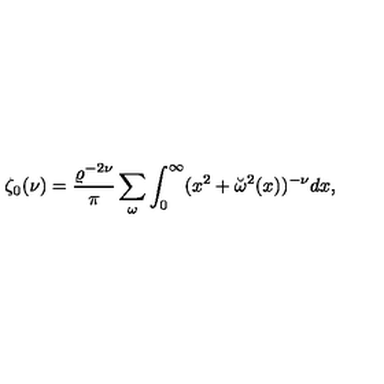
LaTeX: \zeta _ { 0 } ( \nu ) = { \frac { \varrho ^ { - 2 \nu } } { \pi } } \sum _ { \omega } \int _ { 0 } ^ { \infty } ( x ^ { 2 } + \breve { \omega } ^ { 2 } ( x ) ) ^ { - \nu } d x ,